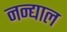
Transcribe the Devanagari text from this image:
नन्द्याल